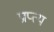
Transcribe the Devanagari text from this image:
प्राप्त्य